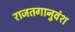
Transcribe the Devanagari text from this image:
राजतगानुवंश